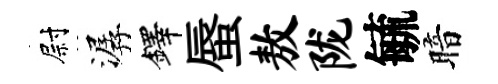
尉潺鐸蜃敖陇毓暗